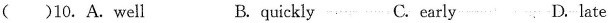
( )10. A. Well B. quickly C.early D. late